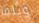
ويلما